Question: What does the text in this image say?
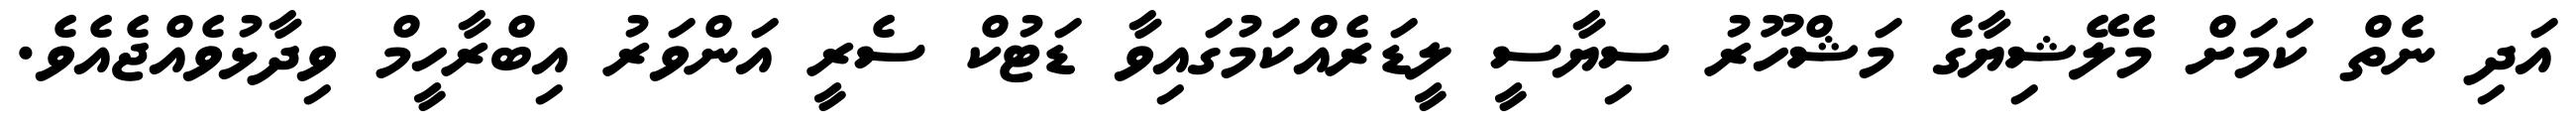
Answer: އަދި ނެތް ކަމަށް މެލޭޝިޔާގެ މަޝްހޫރު ސިޔާސީ ލީޑަރެއްކަމުގައިވާ ޑަޓުކް ސެރީ އަންވަރު އިބްރާހީމް ވިދާޅުވެއްޖެއެވެ.